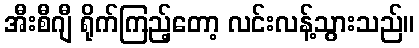
အီးစီဂျီ ရိုက်ကြည့်တော့ လင်းလန့်သွားသည်။